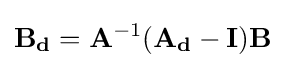
\mathbf {B_{d}} =\mathbf {A} ^{-1}(\mathbf {A_{d}} -\mathbf {I} )\mathbf {B}